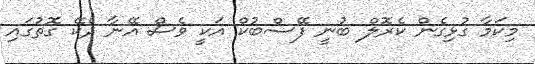
މިކަމާ ގުޅިގެން ކެރޮލް ބުނީ ފޭސްބުކް އަކީ ވެސް އޭނާ ދެކޭ ގޮތުގައި